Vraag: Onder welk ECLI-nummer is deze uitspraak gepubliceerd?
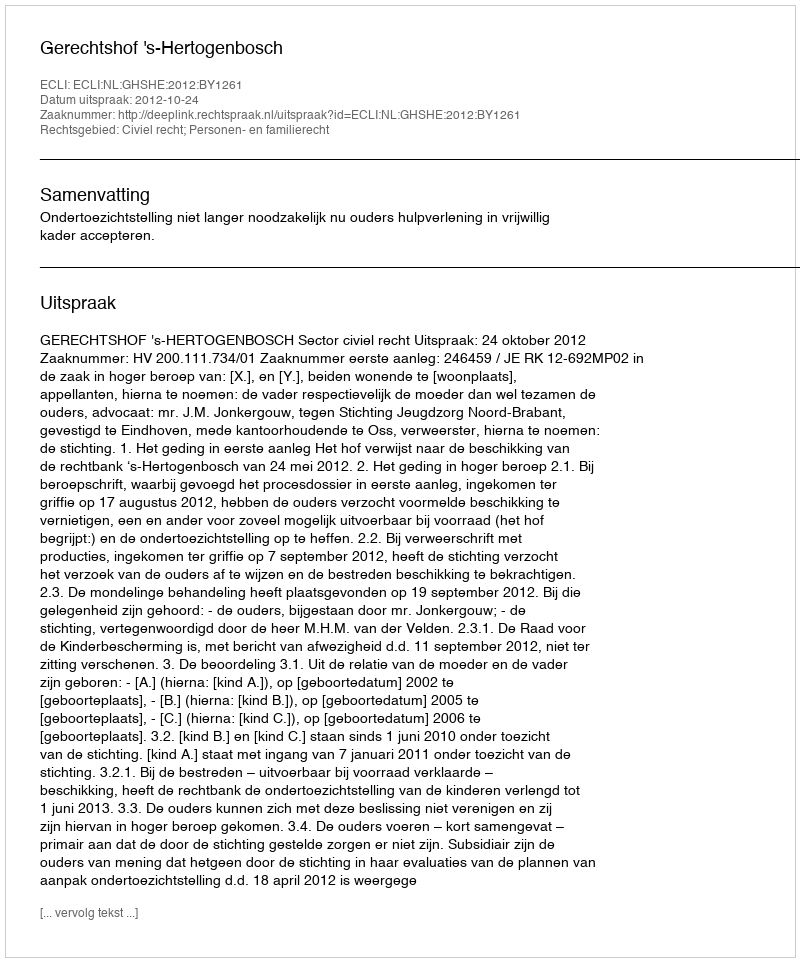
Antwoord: ECLI:NL:GHSHE:2012:BY1261